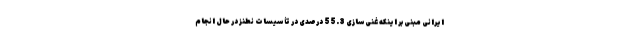
ایرانی مبنی بر اینکه غنی‌سازی 55.3 درصدی در تأسیسات نطنز در حال انجام